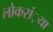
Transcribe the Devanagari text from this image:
लोकसं़या